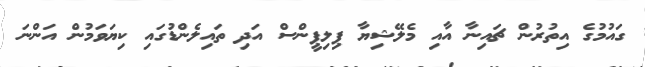
ގައުމުގެ އިތުރުން ޗައިނާ އާއި މެލޭޝިޔާ ޕިލިޕީންސް އަދި ތައިލެންޑުގައި ކިޔަވަމުން އަންނަ